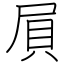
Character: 屓